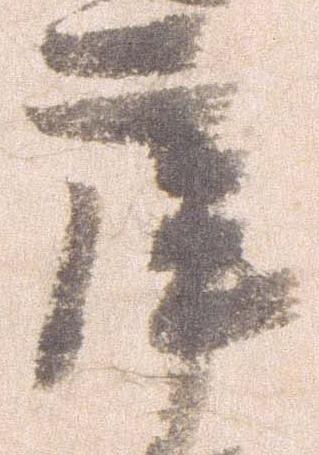
庫